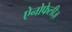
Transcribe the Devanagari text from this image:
ऐनोफेलीज़